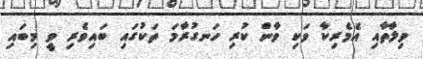
ވިލާތާއި އެމެރިކާ ވަކި ވާން ކުރި ހަނގުރާމަ ތަކުގައި ބައިވެރި ވީ މިބައި